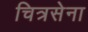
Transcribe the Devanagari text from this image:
चित्रसेना